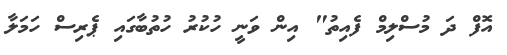
އޮފް ދަ މުސްލިމް ފެއިތު" އިން ވަނީ ހުކުރު ހުތުބާގައި ޕެރިސް ހަމަލާ